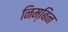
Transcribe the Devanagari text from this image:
निम्बिन